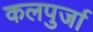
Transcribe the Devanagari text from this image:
कलपुर्जा